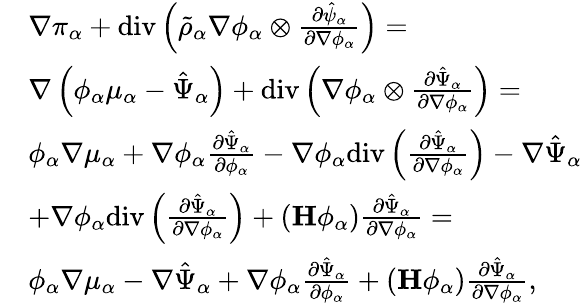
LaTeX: \begin{array}{rl}&{\nabla\pi_{\alpha}+\mathrm{div}\left(\tilde{\rho}_{\alpha}\nabla\phi_{\alpha}\otimes\frac{\partial\hat{\psi}_{\alpha}}{\partial\nabla\phi_{\alpha}}\right)=}\\ &{\nabla\left(\phi_{\alpha}\mu_{\alpha}-\hat{\Psi}_{\alpha}\right)+\mathrm{div}\left(\nabla\phi_{\alpha}\otimes\frac{\partial\hat{\Psi}_{\alpha}}{\partial\nabla\phi_{\alpha}}\right)=}\\ &{\phi_{\alpha}\nabla\mu_{\alpha}+\nabla\phi_{\alpha}\frac{\partial\hat{\Psi}_{\alpha}}{\partial\phi_{\alpha}}-\nabla\phi_{\alpha}\mathrm{div}\left(\frac{\partial\hat{\Psi}_{\alpha}}{\partial\nabla\phi_{\alpha}}\right)-\nabla\hat{\Psi}_{\alpha}}\\ &{+\nabla\phi_{\alpha}\mathrm{div}\left(\frac{\partial\hat{\Psi}_{\alpha}}{\partial\nabla\phi_{\alpha}}\right)+\left(\mathbf{H}\phi_{\alpha}\right)\frac{\partial\hat{\Psi}_{\alpha}}{\partial\nabla\phi_{\alpha}}=}\\ &{\phi_{\alpha}\nabla\mu_{\alpha}-\nabla\hat{\Psi}_{\alpha}+\nabla\phi_{\alpha}\frac{\partial\hat{\Psi}_{\alpha}}{\partial\phi_{\alpha}}+\left(\mathbf{H}\phi_{\alpha}\right)\frac{\partial\hat{\Psi}_{\alpha}}{\partial\nabla\phi_{\alpha}},}\end{array}